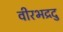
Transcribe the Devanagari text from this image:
वीरभद्रदु